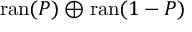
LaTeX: \operatorname { r a n } ( P ) \oplus \operatorname { r a n } ( 1 - P )